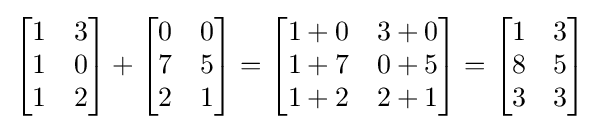
{\begin{bmatrix}1&3\\1&0\\1&2\end{bmatrix}}+{\begin{bmatrix}0&0\\7&5\\2&1\end{bmatrix}}={\begin{bmatrix}1+0&3+0\\1+7&0+5\\1+2&2+1\end{bmatrix}}={\begin{bmatrix}1&3\\8&5\\3&3\end{bmatrix}}